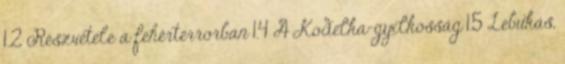
1.2 Részvétele a fehérterrorban 1.4 A Kodelka-gyilkosság 1.5 Lebukás,